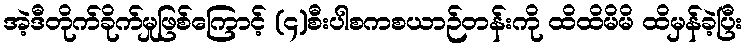
အဲ့ဒီတိုက်ခိုက်မှုဖြစ်ကြောင့် (၄)စီးပါစကစယာဉ်တန်းကို ထိထိမိမိ ထိမှန်ခဲ့ပြီး